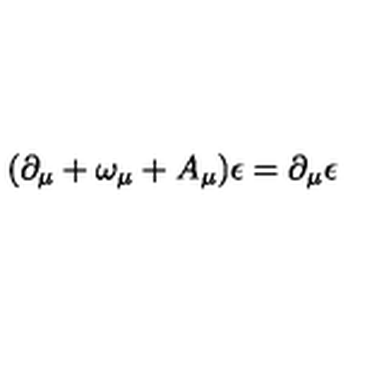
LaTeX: ( \partial _ { \mu } + \omega _ { \mu } + A _ { \mu } ) \epsilon = \partial _ { \mu } \epsilon